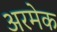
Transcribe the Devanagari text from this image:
अरमेक